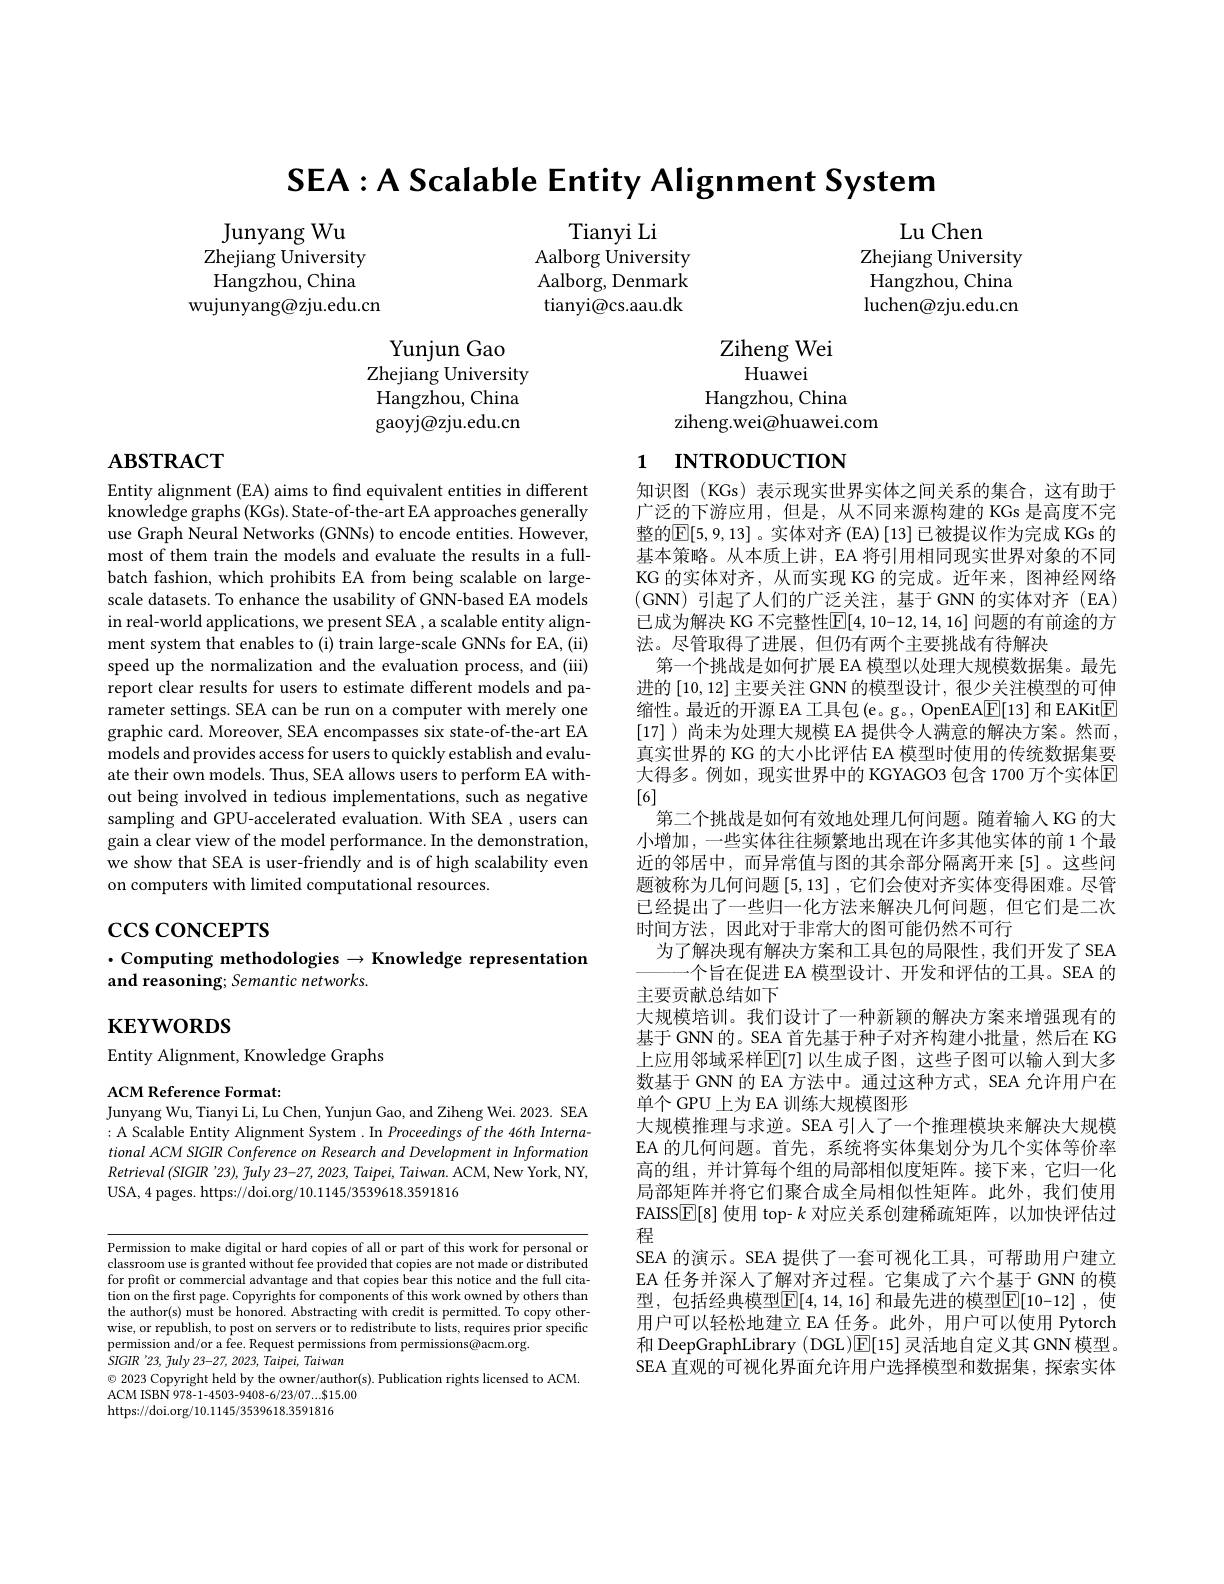
$\mathbf{SEA:A~Scalable~Entity~Alignment~System}$

Junyang Wu
Tianyi Li
Zhejiang University
Aalborg $\dot{\text{University}}$
Hangzhou, China
Aalborg, Denmark
wujunyang@zju.edu.cn
tianyi@cs.aau.dk

Lu Chen
Zhejiang University Hangzhou, China luchen@zju.edu.cn

Yunjun Gao
Zhejiang University Hangzhou, China gaoyj@zju.edu.cn

Ziheng Wei
Huawei
Hangzhou, China
ziheng.wei@huawei.com

# $\mathbf{ABSTRACT}$

# 1 INTRODUCTION

Entity alignment (EA) aims to find equivalent entities in different knowledge graphs (KGs). State-of-the-art EA approaches generally use Graph Neural Networks (GNNs) to encode entities. However, most of them train the models and evaluate the results in a fullbatch fashion, which prohibits EA from being scalable on largescale datasets. To enhance the usability of GNN-based EA models in real-world applications, we present SEA , a scalable entity alignment system that enables to (i) train large-scale GNNs for EA, (ii) speed up the normalization and the evaluation process, and (iii) report clear results for users to estimate different models and parameter settings. SEA can be run on a computer with merely one graphic card. Moreover, SEA encompasses six state-of-the-art EA models and provides access for users to quickly establish and evaluate their own models. Thus, SEA allows users to perform EA without being involved in tedious implementations, such as negative sampling and GPU-accelerated evaluation. With SEA , users can gain a clear view of the model performance. In the demonstration, we show that SEA is user-friendly and is of high scalability even on computers with limited computational resources

$\csc\csc$coNCEPTS

知识图(KGs)表示现实世界实体之间关系的集合，这有助于广泛的下游应用，但是，从不同来源构建的 KGs 是高度不完整的$\mathbb{E}[5,9,13]$。实体对齐 (EA) [13] 已被提议作为完成 KGs 的基本策略。从本质上讲，EA 将引用相同现实世界对象的不同KG 的实体对齐，从而实现 KG 的完成。近年来，图神经网络(GNN)引起了人们的广泛关注，基于GNN的实体对齐(EA) 已成为解决 KG 不完整性$\boxed[4,10-12,14,16]$ 问题的有前途的方法。尽管取得了进展，但仍有两个主要挑战有待解决
第一个挑战是如何扩展 EA 模型以处理大规模数据集。最先进的[10,12]主要关注 GNN 的模型设计 , 很少关注模型的可伸缩性。最近的开源 EA 工具包(e。g。, OpenEA$\boxed{\mathrm{F}}[13]$ 和 EAKit$\boxed{\mathrm{F}}$ [17] )尚未为处理大规模 EA 提供令人满意的解决方案。然而， 真实世界的 KG 的大小比评估 EA 模型时使用的传统数据集要大得多。例如，现实世界中的 KGYAGO3 包含 1700 万个实体$\mathbb{E}$ [6]
第二个挑战是如何有效地处理几何问题。随着输入 KG 的大小增加 , 一些实体往往频繁地出现在许多其他实体的前 1 个最近的邻居中，而异常值与图的其余部分隔离开来[5]。这些间题被称为几何问题$\left[5,13\right]$, 它们会使对齐实体变得困难。尽管已经提出了一些归一化方法来解决几何问题，但它们是二次时间方法，因此对于非常大的图可能仍然不可行
为了解决现有解决方案和工具包的局限性，我们开发了SEA
一个旨在促进 EA 模型设计、开发和评估的工具。SEA 的
主要贡献总结如下
大规模培训。我们设计了一种新颖的解决方案来增强现有的基于 GNN的。SEA 首先基于种子对齐构建小批量，然后在 KG 上应用邻域采样$\mathbb{E}[7]$ 以生成子图，这些子图可以输人到大多数基于 GNN 的 EA 方法中。通过这种方式，SEA 允许用户在单个 GPU 上为 EA 训练大规模图形
大规模推理与求逆。SEA 引人了一个推理模块来解决大规模EA 的几何问题。首先，系统将实体集划分为几个实体等价率高的组，并计算每个组的局部相似度矩阵。接下来，它归一化局部矩阵并将它们聚合成全局相似性矩阵。此外，我们使用FAISS$\boxed{\mathbb{E}}[8]$使用 top- $k$对应关系创建稀疏矩阵，以加快评估过程
SEA 的演示。SEA 提供了一套可视化工具，可帮助用户建立EA 任务并深人了解对齐过程。它集成了六个基于 GNN 的模型，包括经典模型$\boxed{\mathrm{F}}[4,14,16]$ 和最先进的模型$\boxed{\mathrm{E}}[10-12]$, 使用户可以轻松地建立 EA 任务。此外，用户可以使用 Pytorch 和 DeepGraphLibrary ( DGL)$\mathbb{E}[15]$灵活地自定义其 GNN 模型。SEA 直观的可视化界面允许用户选择模型和数据集，探索实体

## $\cdot$ Computing methodologies $\to$Knowledge representation and reasoning; Semantic networks.

$\mathbf{KEYWORDS}$

Entity Alignment, Knowledge Graphs

ACM Reference Format:
Junyang Wu, Tianyi Li, Lu Chen, Yunjun Gao, and Ziheng Wei. 2023. SEA

: A Scalable Entity Alignment System. In Proceedings of the 46th InternationalACMSIGIR Conference on Research and Development in Information $Retrieval\left(SIGIR\text{'23}\right),\tilde{f}uly$ 23-27, 2023, Taipei, Taiwan. ACM, New York, NY, USA, 4 pages. https://doi.org/10.1145/3539618.3591816

Permission to make digital or hard copies of all or part of this work for personal or classroom use is granted without fee provided that copies are not made or distributed for profit or commercial advantage and that copies bear this notice and the full citation on the first page. Copyrights for components of this work owned by others than the author(s) must be honored. Abstracting with credit is permitted. To copy othere $a$ ranbich to motish to motis to rordictributo to listr roanirac rior onoiffo wise, or republish, to post on servers or to redistribute to lists, requires prior specific permission and/or a fee. Request permissions from permissions@acm.org.
$SIGIR~'23,~fuly~23-27,~2023,~Taipei,~Taiwan$
$\odot$ 2023 Copyright held by the owner/author(s). Publication rights licensed to ACM.
ACM ISBN 978-1-4503-9408-6/23/07....815.00
https://doi.org/10.1145/3539618.3591816